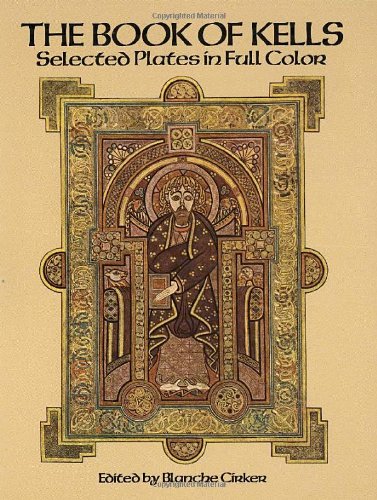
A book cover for The Book of Kells: Selected Plates in Full Color; Arts & Photography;